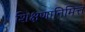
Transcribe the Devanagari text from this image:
शिक्षणानिमित्त